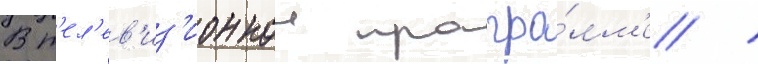
В т'ел'ев'из'ионнои програ́мм'е /